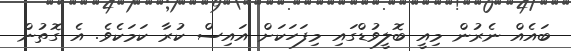
ބައެއް ނެރުން މިއީ ބޮލީވުޑްގައި މިފަހަކަށް އައިސް ކުރާ ކަމަކެވެ. އެ ގޮތުން